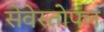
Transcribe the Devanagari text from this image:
सेवेस्तोपल